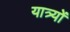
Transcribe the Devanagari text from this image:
यात्र्यों